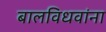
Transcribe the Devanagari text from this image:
बालविधवांना